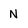
Character: N